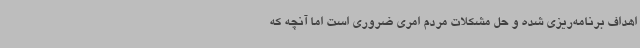
اهداف برنامه‌ریزی شده و حل مشکلات مردم امری ضروری است اما آنچه که